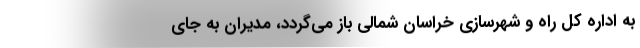
به اداره کل راه و شهرسازی خراسان شمالی باز می‌گردد، مدیران به جای